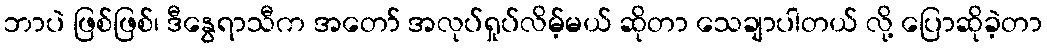
ဘာပဲ ဖြစ်ဖြစ်၊ ဒီနွေရာသီက အတော် အလုပ်ရှုပ်လိမ့်မယ် ဆိုတာ သေချာပါတယ် လို့ ပြောဆိုခဲ့တာ